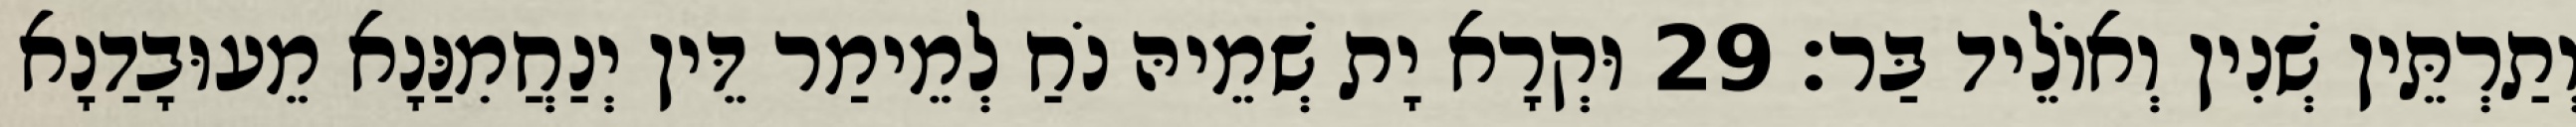
וְתַרְתֵּין שְׁנִין וְאוֹלֵיד בַּר׃ 29 וּקְרָא יָת שְׁמֵיהּ נֹחַ לְמֵימַר דֵּין יְנַחֲמִנַּנָא מֵעוּבָדַנָא